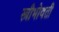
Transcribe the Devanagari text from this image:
स्त्रीभोवती